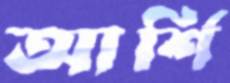
আর্শি